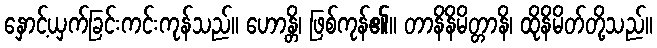
နှောင့်ယှက်ခြင်းကင်းကုန်သည်။ ဟောန္တိ၊ ဖြစ်ကုန်၏။ တာနိနိမိတ္တာနိ၊ ထိုနိမိတ်တို့သည်။